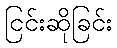
ငြင်းဆိုခြင်း